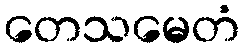
တေသမေတံ